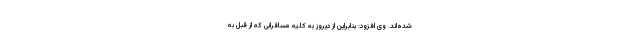
شده‌اند. وی افزود: بنابراین از دیروز به کلیه مسافرانی که از قبل به